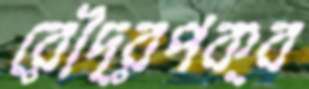
রৌদ্রপক্ব